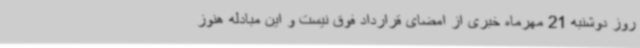
روز دوشنبه 21 مهرماه خبری از امضای قرارداد فوق نیست و این مبادله هنوز